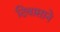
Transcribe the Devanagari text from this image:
दिवासाने